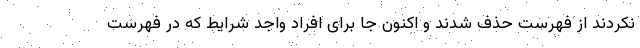
نکردند از فهرست حذف شدند و اکنون جا برای افراد واجد شرایط که در فهرست